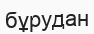
бұрудан